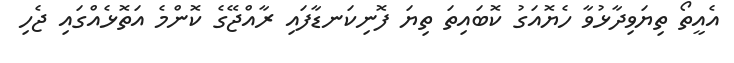
އެއީތޯ ތިޔަވިދާޅުވާ ހެޔޮއަގު ކޮބައިތަ ތިޔަ ފޮނިކަނޑާފައި ރާއްޖޭގެ ކޮންމެ އަތޮޅެއްގައި ޖެހި